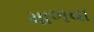
માળવા